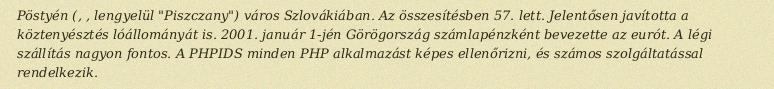
Pöstyén (, , lengyelül "Piszczany") város Szlovákiában. Az összesítésben 57. lett. Jelentősen javította a köztenyésztés lóállományát is. 2001. január 1-jén Görögország számlapénzként bevezette az eurót. A légi szállítás nagyon fontos. A PHPIDS minden PHP alkalmazást képes ellenőrizni, és számos szolgáltatással rendelkezik.